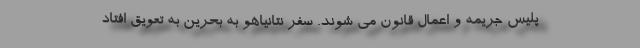
پلیس جریمه و اعمال قانون می شوند. سفر نتانیاهو به بحرین به تعویق افتاد